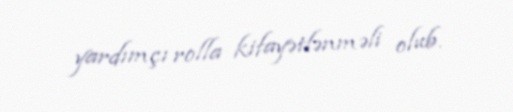
yardımçı rolla kifayətlənməli olub.